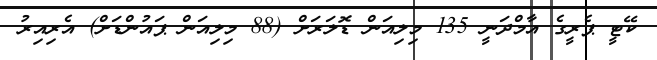
ކޭޓީ ޕެރީގެ އާމްދަނީ 135 މިލިއަން ޑޮލަރަށް (88 މިލިއަން ޕައުންޑަށް) އެރިއިރު